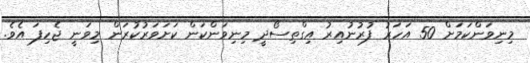
މިނިވަންކަމަށް 50 އަހަރު ފުރުނުއިރު އިގްތިސޯދީ މިނިވަންކަން ކަށަވަރުކުރަން މިވަނީ ޖެހިފަ އެވެ.